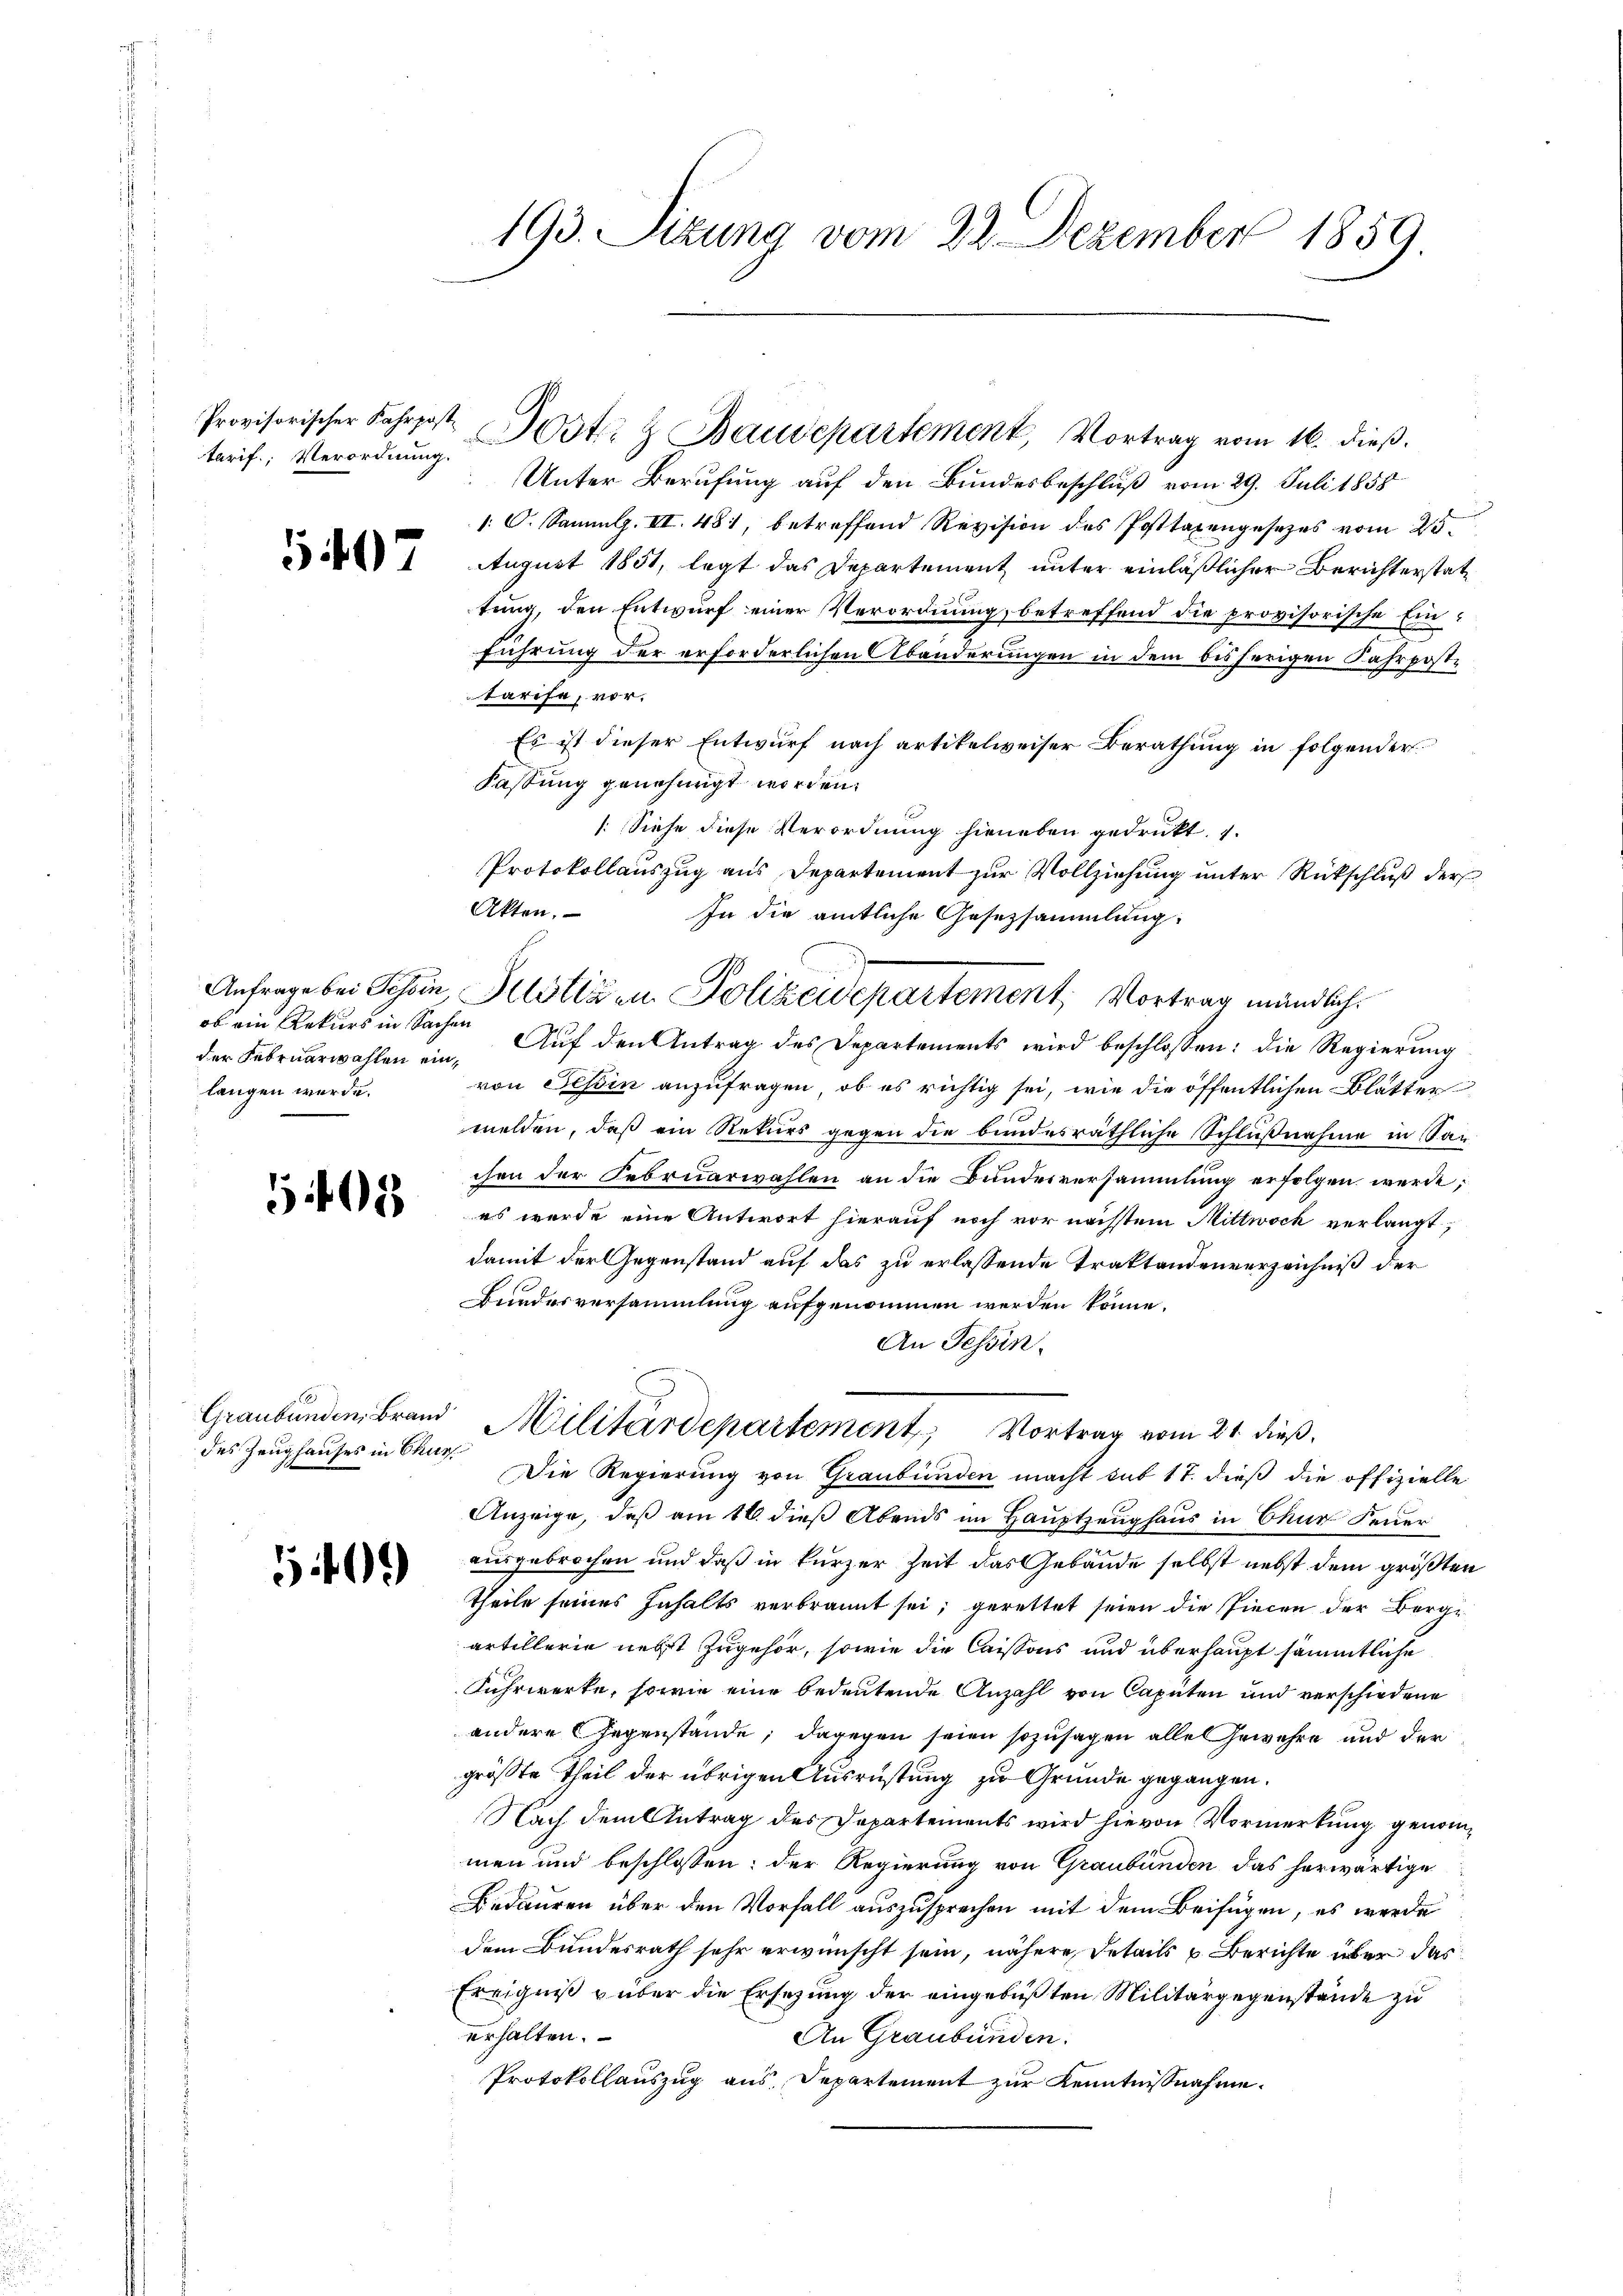
tarif.; Verordnung.

140

ob ein Rekurs in Sachen
der Februarwahlen ein,
langen werde.

198

des Zeughauses in Chur

5409

193. Sitzung vom 22. Dezember 1859.

Unter Berufung auf den Bundesbeschluß vom 29. Juli 1858
1: C. Sammlg. II. 481, betreffend Revision des Posttaxengesezes vom 25.
August 1851, legt das Departement unter einläßlicher Berichterstattung, den Entwurf einer Verordnung, betreffend die provisorische Einführung der erforderlichen Abänderungen in dem bisherigen Fahrpost-
tarife, vor.
Es ist dieser Entwurf nach artikelweiser Berathung in folgender
Fassung genehmigt worden.
: Siehe diese Verordnung hieneben gedruckt. 1.
Protokollauszug aus Departement zur Vollziehung unter Rückschluß der
Akten.
In die amtliche Gesetzsammlung.
Auf den Antrag des Departements wird beschlossen: die Regierung
von Tessin anzufragen, ob es richtig sei, wie die öffentlichen Blätter
melden, daß ein Rekurs gegen die bundesräthliche Schlußnahme in San
chen der Februarwahlen an die Bundesversammlung erfolgen werde;
es wurde eine Antwort hierauf noch vor nächstem Mittwoch verlangt,
damit der Gegenstand auf das zu erlassende Traktandenverzeichniß der
Bundesversammlung aufgenommen werden könne.
An Tessin.
Graubünden Brand Militärdepartement Vortrag vom 21. dieß,
Die Regierung von Graubünden macht sub 17. dieß die offizielle
Anzeige, daß am 16. dieß Abends im Hauptzeughaus in Chur Feuer
ausgebrochen und daß in kurzer Zeit das Gebäude selbst nebst dem größten
theile seines Inhalts verbrannt sei, gerettet seien die Piecen der Berge
artillerie nebst zugehör, sowie die Caissons und überhaupt sämmtliche
Fuhrwerke, sowie eine bedeutende Anzahl von Caputen und verschiedene
andere Gegenstände; dagegen seien sozusagen alle Gewehre und der
größte Theil der übrigen Ausrüstung zu Grunde gegangen.
Nach dem Antrag des Departements wird hievon Vormerkung genommen und beschlossen: der Regierung von Graubünden das herwärtige
Bedauren über den Vorfall auszusprechen mit dem Beifügen, es werde
dem Bundesrath sehr erwünscht sein, nähere Details u. Berichte über das
Ereigniß über die Ersetzung der eingebüßten Militärgegenstände zu
erhalten.
An Graubünden.
Protokollauszug aus Departement zur Kenntnißnahme.

Provisorischer Fahrpost. Post.  Baudepartement, Vortrag vom 16. dieβ.

Anfrage bei Schein, Motiven Polizeidepartement, Vortrag mündlich.